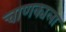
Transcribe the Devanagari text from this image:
चाणक्यला